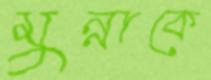
মুন্নাকে